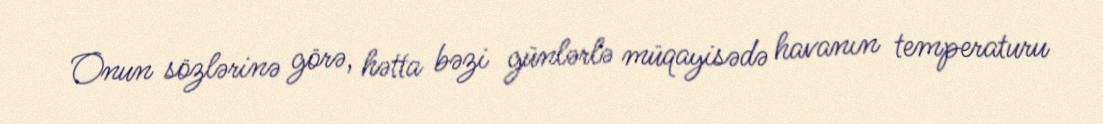
Onun sözlərinə görə, hətta bəzi günlərlə müqayisədə havanın temperaturu